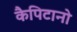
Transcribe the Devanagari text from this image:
कैपिटानो